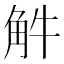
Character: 𧣈